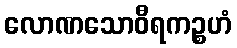
လောဏသောဝီရကဉ္စဟံ